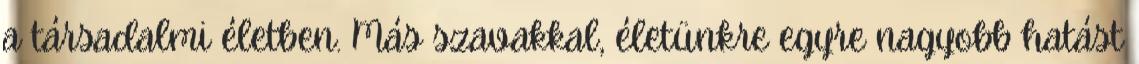
a társadalmi életben. Más szavakkal, életünkre egyre nagyobb hatást